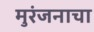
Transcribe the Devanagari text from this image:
मुरंजनाचा